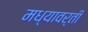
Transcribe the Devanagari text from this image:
मध्यावर्ती